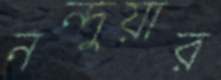
নন্দুয়ার